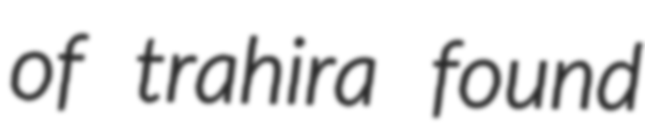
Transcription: of trahira found